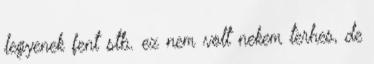
legyenek fent stb. ez nem volt nekem terhes, de